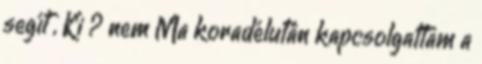
segít , Ki ? nem Ma koradélután kapcsolgattam a